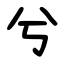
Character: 兮